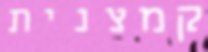
קמצנית